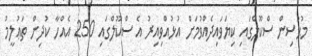
މުޙުސިން ސްކޫލްގައި ކިޔަވައިދެއްވުމަށް އުޅުއްވިއިރު އެ ސްކޫލްގައި 250 އެއްހާ ކުދިން ތަޢުލީމު